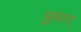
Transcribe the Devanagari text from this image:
पुवार्